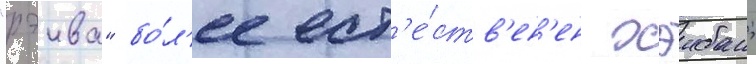
"рэива" бо́л'ее ест'е́ств'ен'ен хэибан;